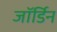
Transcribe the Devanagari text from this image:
जॉर्डिन